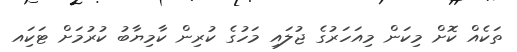
ތަކެއް ކޮށް މިކަން މިއަހަރުގެ ޖުލައި މަހުގެ ކުރިން ކާމިޔާބު ކުރުމަށް ޓަަކަިއ